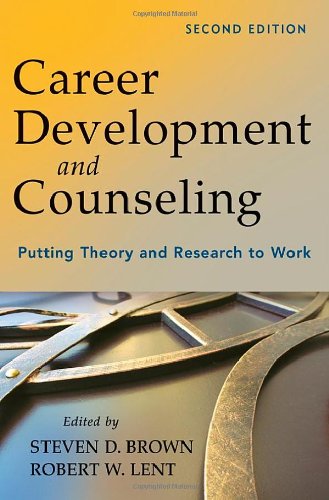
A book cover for Career Development and Counseling: Putting Theory and Research to Work; Medical Books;